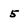
Character: 5